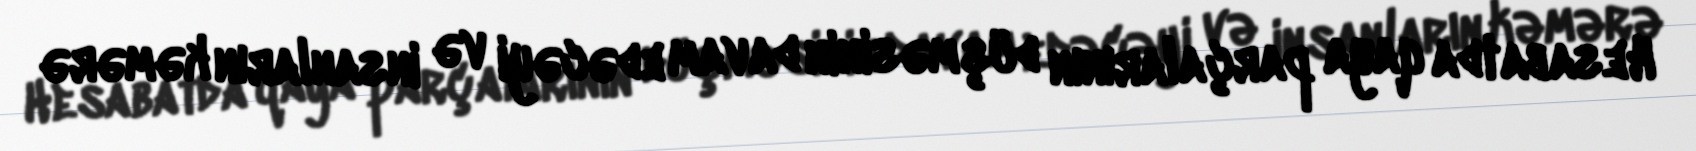
Hesabatda qaya parçalarının düşməsinin davam edəcəyi və insanların kəmərə